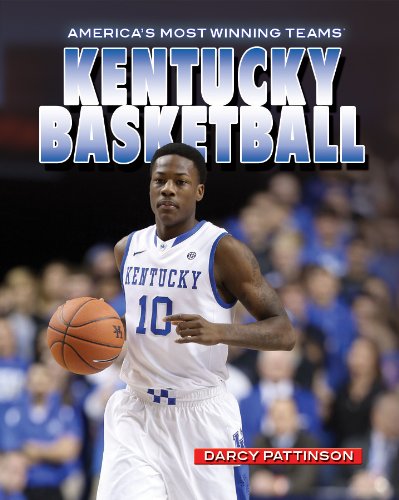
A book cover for Kentucky Basketball (America's Most Winning Teams); Darcy Pattinson; Teen & Young Adult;